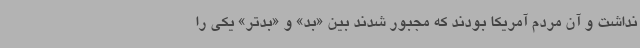
نداشت و آن مردم آمریکا بودند که مجبور شدند بین «بد» و «بدتر» یکی را